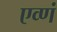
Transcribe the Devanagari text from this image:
एव्णं